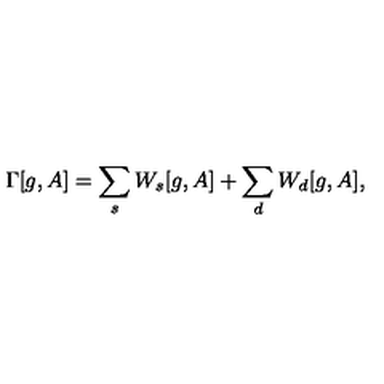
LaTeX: \Gamma [ g , A ] = \sum _ { s } W _ { s } [ g , A ] + \sum _ { d } W _ { d } [ g , A ] ,